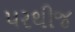
પરથીજ